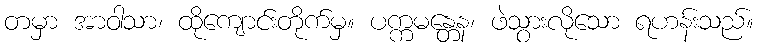
တမှာ အာဝါသာ၊ ထိုကျောင်းတိုက်မှ။ ပက္ကမန္တေန၊ ဖဲသွားလိုသော ရဟန်းသည်။